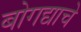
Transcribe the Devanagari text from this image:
बोगद्याचे